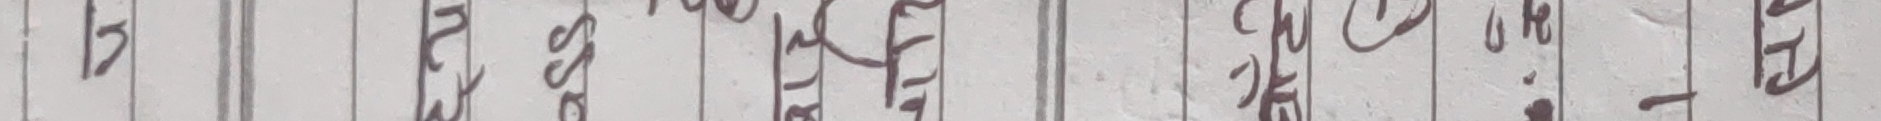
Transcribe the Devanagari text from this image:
मङ्गलबार देवको यो चरा ई हो